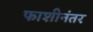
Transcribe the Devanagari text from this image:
फाशीनंतर